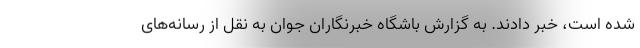
شده است، خبر دادند. به گزارش باشگاه خبرنگاران جوان به نقل از رسانه‌های